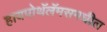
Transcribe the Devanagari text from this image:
हायपोथॅलॅमसमधील